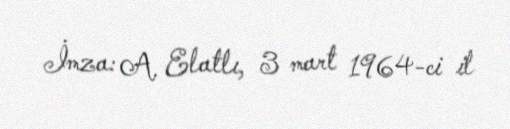
İmza: A. Elatlı, 3 mart 1964-ci il